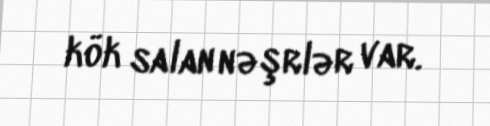
kök salan nəşrlər var.